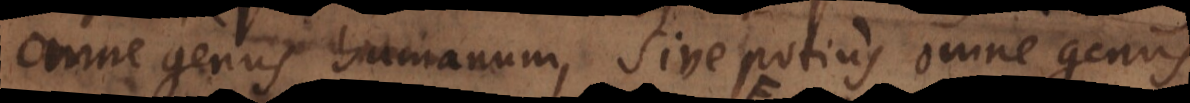
omne genus humanum, sive potius omne genus